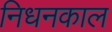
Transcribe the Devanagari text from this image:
निधनकाल